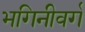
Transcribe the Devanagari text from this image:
भगिनीवर्ग